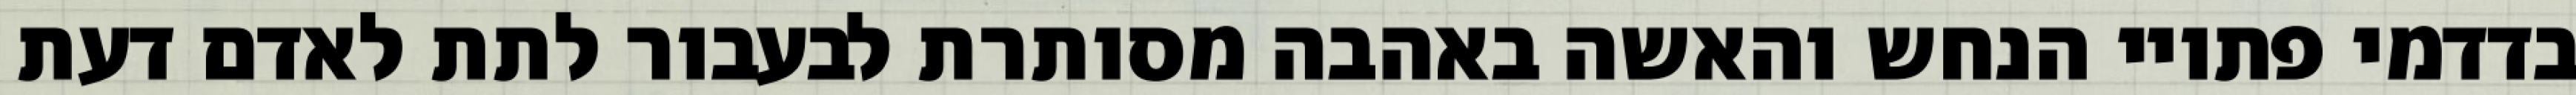
בדדמי פתויי הנחש והאשה באהבה מסותרת לבעבור לתת לאדם דעת